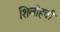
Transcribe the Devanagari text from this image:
शिलोहची